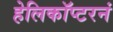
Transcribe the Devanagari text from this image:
हेलिकॉप्टरनं